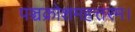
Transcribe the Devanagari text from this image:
पञ्चक्रोशमहत्तरम।